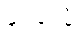
ပလ္လလံ